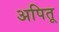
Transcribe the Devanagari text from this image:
अपितू